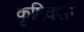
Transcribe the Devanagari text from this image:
कृषिवसन